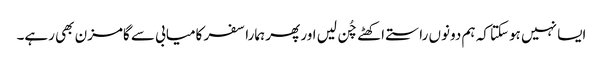
ایسا نہیں ہوسکتا کہ ہم دونوں راستے اکھٹے چُن لیں اور پھر ہمارا سفر کامیابی سے گامزن بھی رہے۔